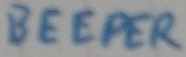
Text: BEEPER